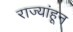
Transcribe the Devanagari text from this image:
राज्यांहून